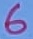
Text: 5